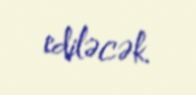
ediləcək.